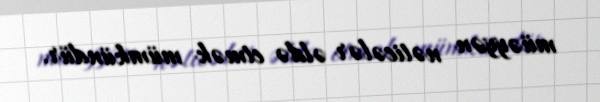
müəyyən nəticələr əldə etmək mümkündür.